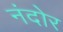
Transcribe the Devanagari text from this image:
नंदोर